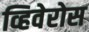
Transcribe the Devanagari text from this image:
व्हिवेरोस